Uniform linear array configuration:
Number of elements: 24
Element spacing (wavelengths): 0.5
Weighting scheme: blackman
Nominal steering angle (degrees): -45
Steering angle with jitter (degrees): -43.875
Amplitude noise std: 0.05
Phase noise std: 0.05

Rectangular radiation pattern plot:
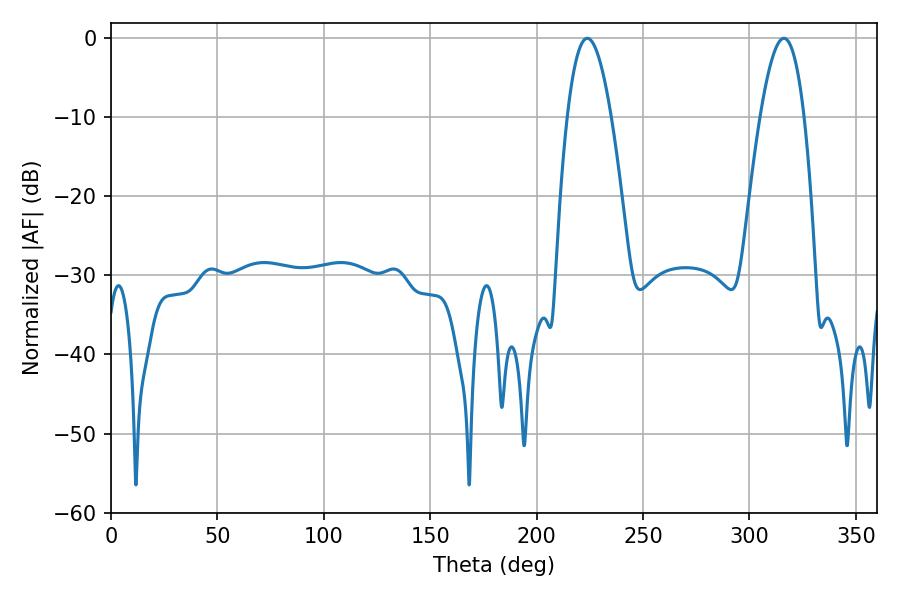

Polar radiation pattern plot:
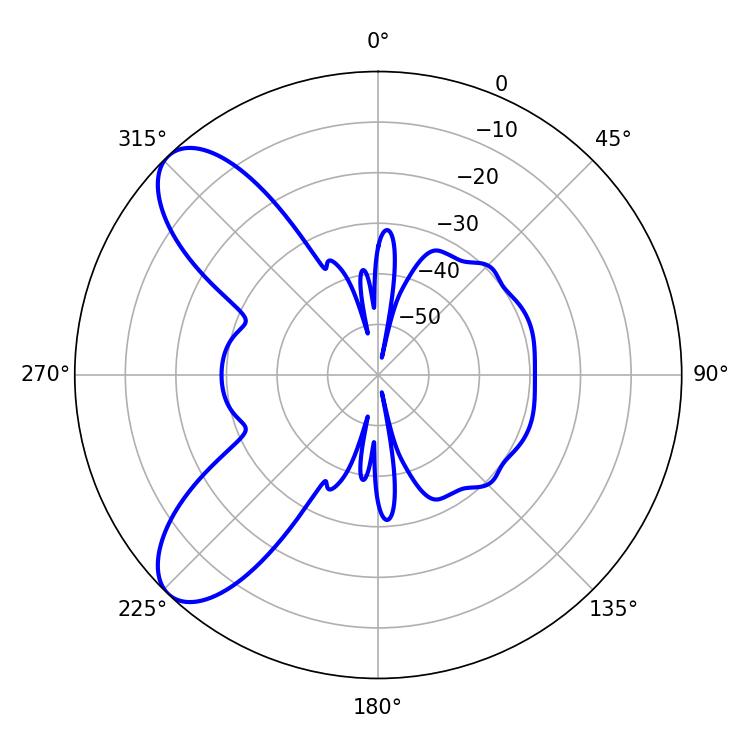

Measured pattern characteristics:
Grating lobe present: FALSE
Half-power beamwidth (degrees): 11.34
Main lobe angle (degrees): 223.74